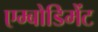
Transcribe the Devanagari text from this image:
एम्बोडिमेंट